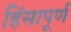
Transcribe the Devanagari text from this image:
हिंसापूर्ण